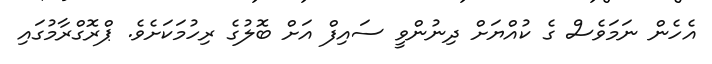
އެހެން ނަމަވެސް ގެ ކުއްޔަށް ދިނުންވީ ސައިފް އަށް ބޮލުގެ ރިހުމަކަށެވެ. ޕްރޮގްރާމުގައި